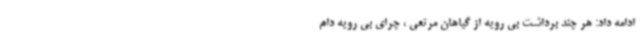
ادامه داد: هر چند برداشت بی رویه از گیاهان مرتعی ، چرای بی رویه دام